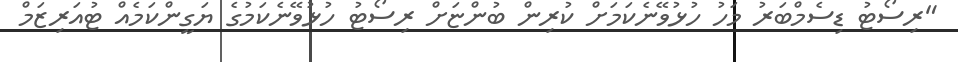
"ރިސޯޓު ޑިސެމްބަރު މަހު ހުޅުވޭނެކަމަށް ކުރިން ބުންޏަށް ރިސޯޓު ހުޅުވޭނެކަމުގެ ޔަގީންކަމެއް ޓުއަރިޒަމް